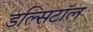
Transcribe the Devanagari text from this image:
डल्सिटॉल